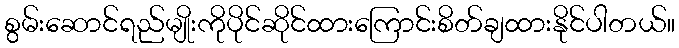
စွမ်းဆောင်ရည်မျိုးကိုပိုင်ဆိုင်ထားကြောင်းစိတ်ချထားနိုင်ပါတယ်။